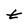
Character: t